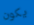
يكون